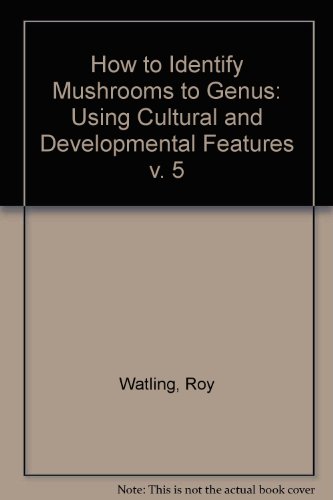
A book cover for How to Identify Mushrooms to Genus V: Cultural and Developmental Features (v. 5); Roy Watling; Medical Books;